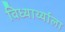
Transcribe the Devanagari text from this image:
विध्यार्थ्याला